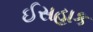
ઈસહાક